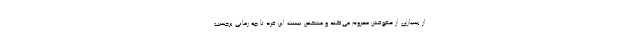
از بسیاری از حقوقش محروم می‌کند و مشخص نیست این فرد تا چه زمانی برچسب